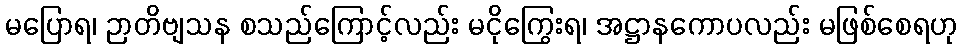
မပြောရ၊ ဉာတိဗျသန စသည်ကြောင့်လည်း မငိုကြွေးရ၊ အဋ္ဌာနကောပလည်း မဖြစ်စေရဟု